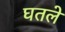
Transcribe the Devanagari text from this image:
घतले